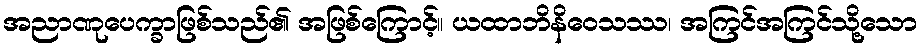
အညာဏုပေက္ခာဖြစ်သည်၏ အဖြစ်ကြောင့်။ ယထာဘိနိဝေသဿ၊ အကြင်အကြင်သို့သော